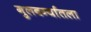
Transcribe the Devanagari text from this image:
गुलबर्ग्यातला